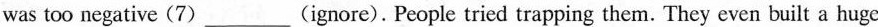
was too negative (7)___(ignore). People tried trapping them. They even built a huge